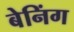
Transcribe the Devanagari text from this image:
बेनिंग